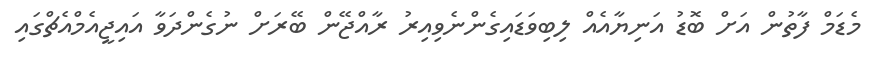
މެޑަމް ފާތުން އަށް ބޮޑު އަނިޔާއެއް ލިބިވަޑައިގެންނެވިއިރު ރާއްޖޭން ބޭރަށް ނުގެންދަވާ އައިޖީއެމްއެޗްގައި